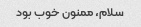
سلام، ممنون خوب بود